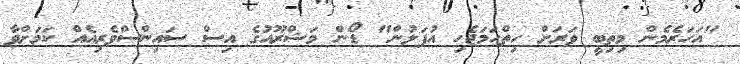
"އަހަރެމެން މިތިބީ ވަރަށް ހިތްހަމަޖެހި އުފަލުން" ޑޯން މަޝްރޫއުގެ އިސް ސައިންސްވެރިއެއް ކަމަށްވާ